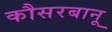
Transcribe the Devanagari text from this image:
कौसरबानू